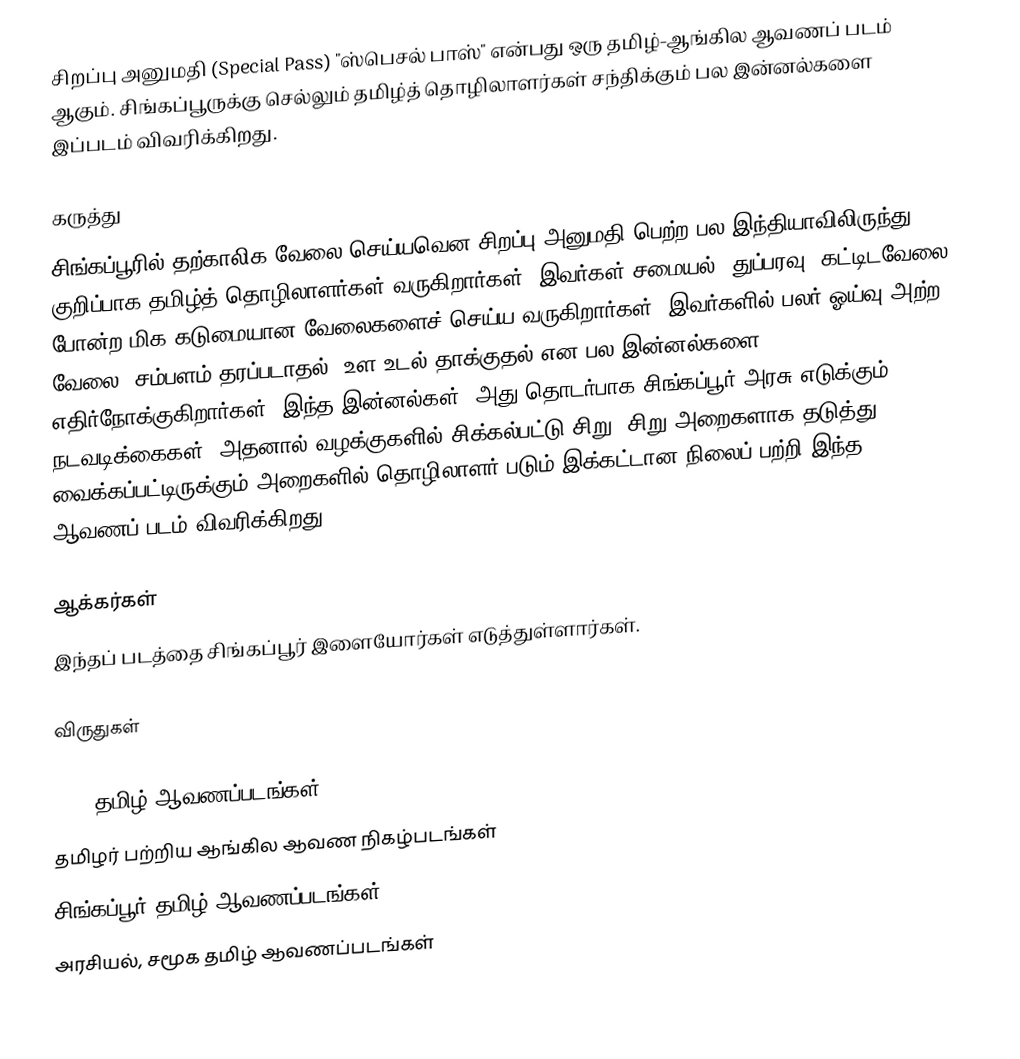
சிறப்பு அனுமதி (Special Pass) "ஸ்பெசல் பாஸ்" என்பது ஒரு தமிழ்-ஆங்கில ஆவணப் படம் ஆகும்.  சிங்கப்பூருக்கு செல்லும் தமிழ்த் தொழிலாளர்கள் சந்திக்கும் பல இன்னல்களை இப்படம் விவரிக்கிறது.

கருத்து
சிங்கப்பூரில் தற்காலிக வேலை செய்யவென சிறப்பு அனுமதி பெற்ற பல இந்தியாவிலிருந்து, குறிப்பாக தமிழ்த் தொழிலாளர்கள் வருகிறார்கள்.  இவர்கள் சமையல், துப்பரவு, கட்டிடவேலை போன்ற மிக கடுமையான வேலைகளைச் செய்ய வருகிறார்கள்.  இவர்களில் பலர் ஓய்வு அற்ற வேலை, சம்பளம் தரப்படாதல், உள உடல் தாக்குதல் என பல இன்னல்களை எதிர்நோக்குகிறார்கள்.  இந்த இன்னல்கள், அது தொடர்பாக சிங்கப்பூர் அரசு எடுக்கும் நடவடிக்கைகள், அதனால் வழக்குகளில் சிக்கல்பட்டு  சிறு, சிறு அறைகளாக தடுத்து வைக்கப்பட்டிருக்கும் அறைகளில் தொழிலாளர் படும் இக்கட்டான நிலைப் பற்றி இந்த ஆவணப் படம் விவரிக்கிறது.

ஆக்கர்கள்
இந்தப் படத்தை சிங்கப்பூர் இளையோர்கள் எடுத்துள்ளார்கள்.

விருதுகள்

2009 தமிழ் ஆவணப்படங்கள்
தமிழர் பற்றிய ஆங்கில ஆவண நிகழ்படங்கள்
சிங்கப்பூர் தமிழ் ஆவணப்படங்கள்
அரசியல், சமூக தமிழ் ஆவணப்படங்கள்